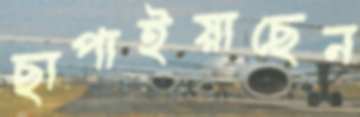
ছাপাইয়াছেন